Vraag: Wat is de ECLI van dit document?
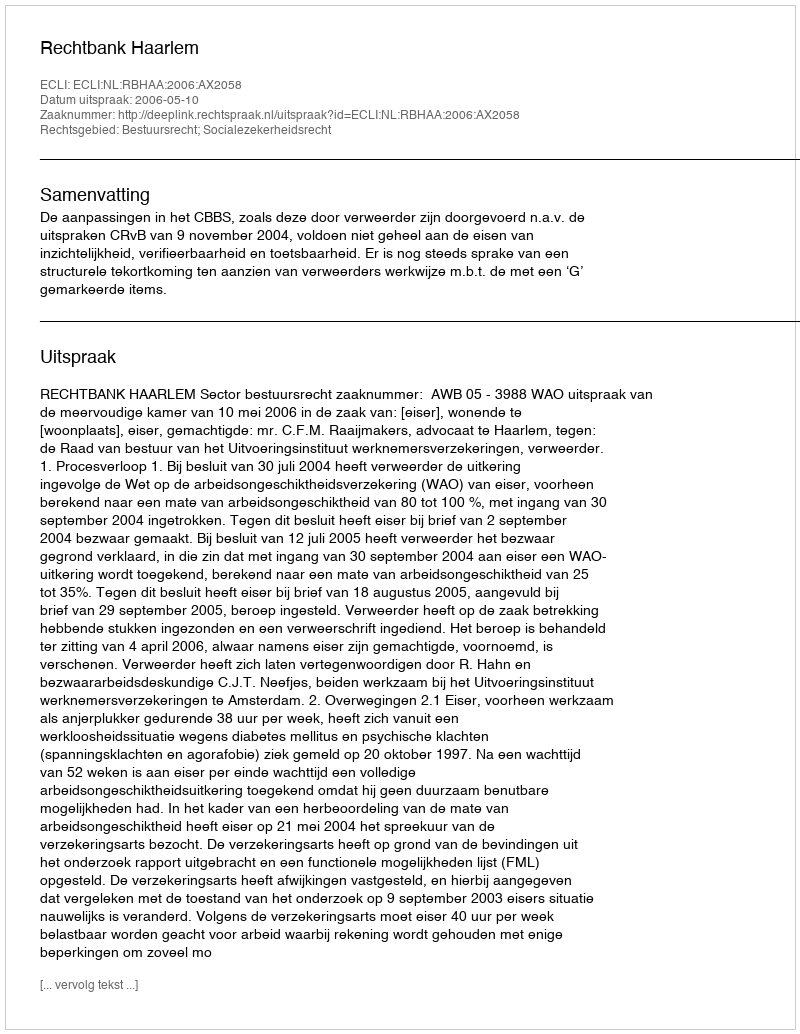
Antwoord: ECLI:NL:RBHAA:2006:AX2058